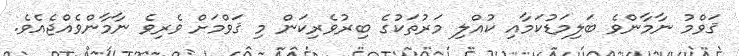
ޤަވްމު ނާމާންވެ ބަލިމަޑުކަމާއި ކުއްލި މަރުތަކުގެ ބިރުވެރިކަން މި ޤަވްމަށް ވެރިވެ ނާމާންވެއްޖެއެވެ.